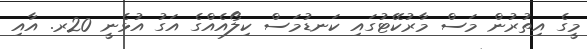
މީގެ އިތުރުން މަސް މާރުކޭޓުގައި ކަނޑުމަސް ކިލޯއެއްގެ އަގު އުޅެނީ 20ރ. އާއި